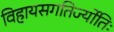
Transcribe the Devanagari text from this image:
विहायसगतिर्ज्योतिः